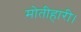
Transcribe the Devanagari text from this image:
मोतीहारी।